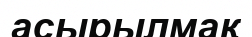
асырылмақ